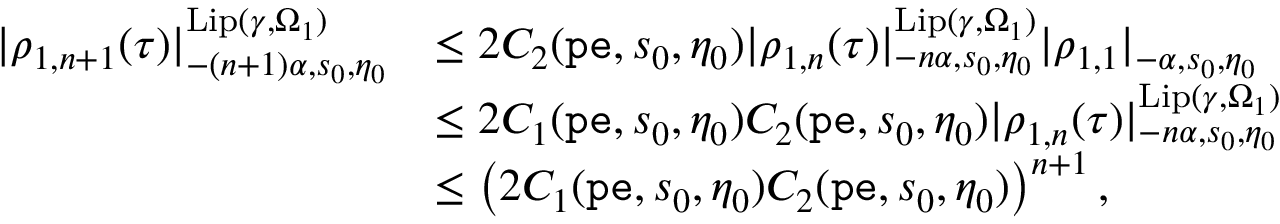
\begin{array} { r l } { | \rho _ { 1 , n + 1 } ( \tau ) | _ { - ( n + 1 ) \alpha , s _ { 0 } , \eta _ { 0 } } ^ { \mathrm { L i p } ( \gamma , \Omega _ { 1 } ) } } & { \le 2 C _ { 2 } ( \mathtt { p e } , s _ { 0 } , \eta _ { 0 } ) | { \rho _ { 1 , n } } ( \tau ) | _ { - n \alpha , s _ { 0 } , \eta _ { 0 } } ^ { \mathrm { L i p } ( \gamma , \Omega _ { 1 } ) } | \rho _ { 1 , 1 } | _ { - \alpha , s _ { 0 } , \eta _ { 0 } } } \\ & { \le 2 C _ { 1 } ( \mathtt { p e } , s _ { 0 } , \eta _ { 0 } ) C _ { 2 } ( \mathtt { p e } , s _ { 0 } , \eta _ { 0 } ) | \rho _ { 1 , n } ( \tau ) | _ { - n \alpha , s _ { 0 } , \eta _ { 0 } } ^ { \mathrm { L i p } ( \gamma , \Omega _ { 1 } ) } } \\ & { \le \left( 2 C _ { 1 } ( \mathtt { p e } , s _ { 0 } , \eta _ { 0 } ) C _ { 2 } ( \mathtt { p e } , s _ { 0 } , \eta _ { 0 } ) \right) ^ { n + 1 } , } \end{array}